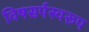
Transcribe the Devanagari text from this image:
विषसर्पस्वरूप